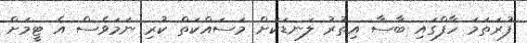
ފުރަތަމަ ހާފްގައި ބާސާ އިތުރު ލަނޑަކަށް މަސައްކަތް ކުރި ނަމަވެސް އެ ޓީމަށް